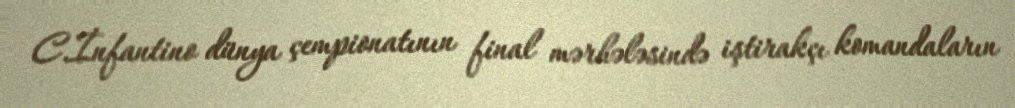
C.İnfantino dünya çempionatının final mərhələsində iştirakçı komandaların